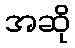
အဆို